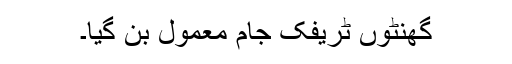
گھنٹوں ٹریفک جام معمول بن گیا۔